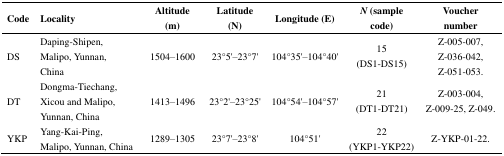
<table><thead><tr><td><b>Code</b></td><td><b>Locality</b></td><td><b>Altitude (m)</b></td><td><b>Latitude (N)</b></td><td><b>Longitude (E)</b></td><td><b><i>N</i> (sample code)</b></td><td><b>Voucher number</b></td></tr></thead><tbody><tr><td>DS</td><td>Daping-Shipen, Malipo, Yunnan, China</td><td>1504–1600</td><td>23°5′–23°7′</td><td>104°35′–104°40′</td><td>15 (DS1-DS15)</td><td>Z-005–007, Z-036–042, Z-051–053.</td></tr><tr><td>DT</td><td>Dongma-Tiechang, Xicou and Malipo, Yunnan, China</td><td>1413–1496</td><td>23°2′–23°25′</td><td>104°54′–104°57′</td><td>21 (DT1-DT21)</td><td>Z-003–004, Z-009–25, Z-049.</td></tr><tr><td>YKP</td><td>Yang-Kai-Ping, Malipo, Yunnan, China</td><td>1289–1305</td><td>23°7′–23°8′</td><td>104°51′</td><td>22 (YKP1-YKP22)</td><td>Z-YKP-01–22.</td></tr></tbody></table>